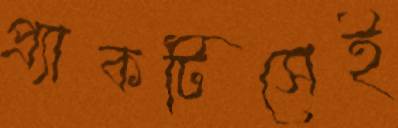
প্র্যাকটিসেই